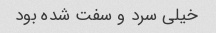
خیلی سرد و سفت شده بود